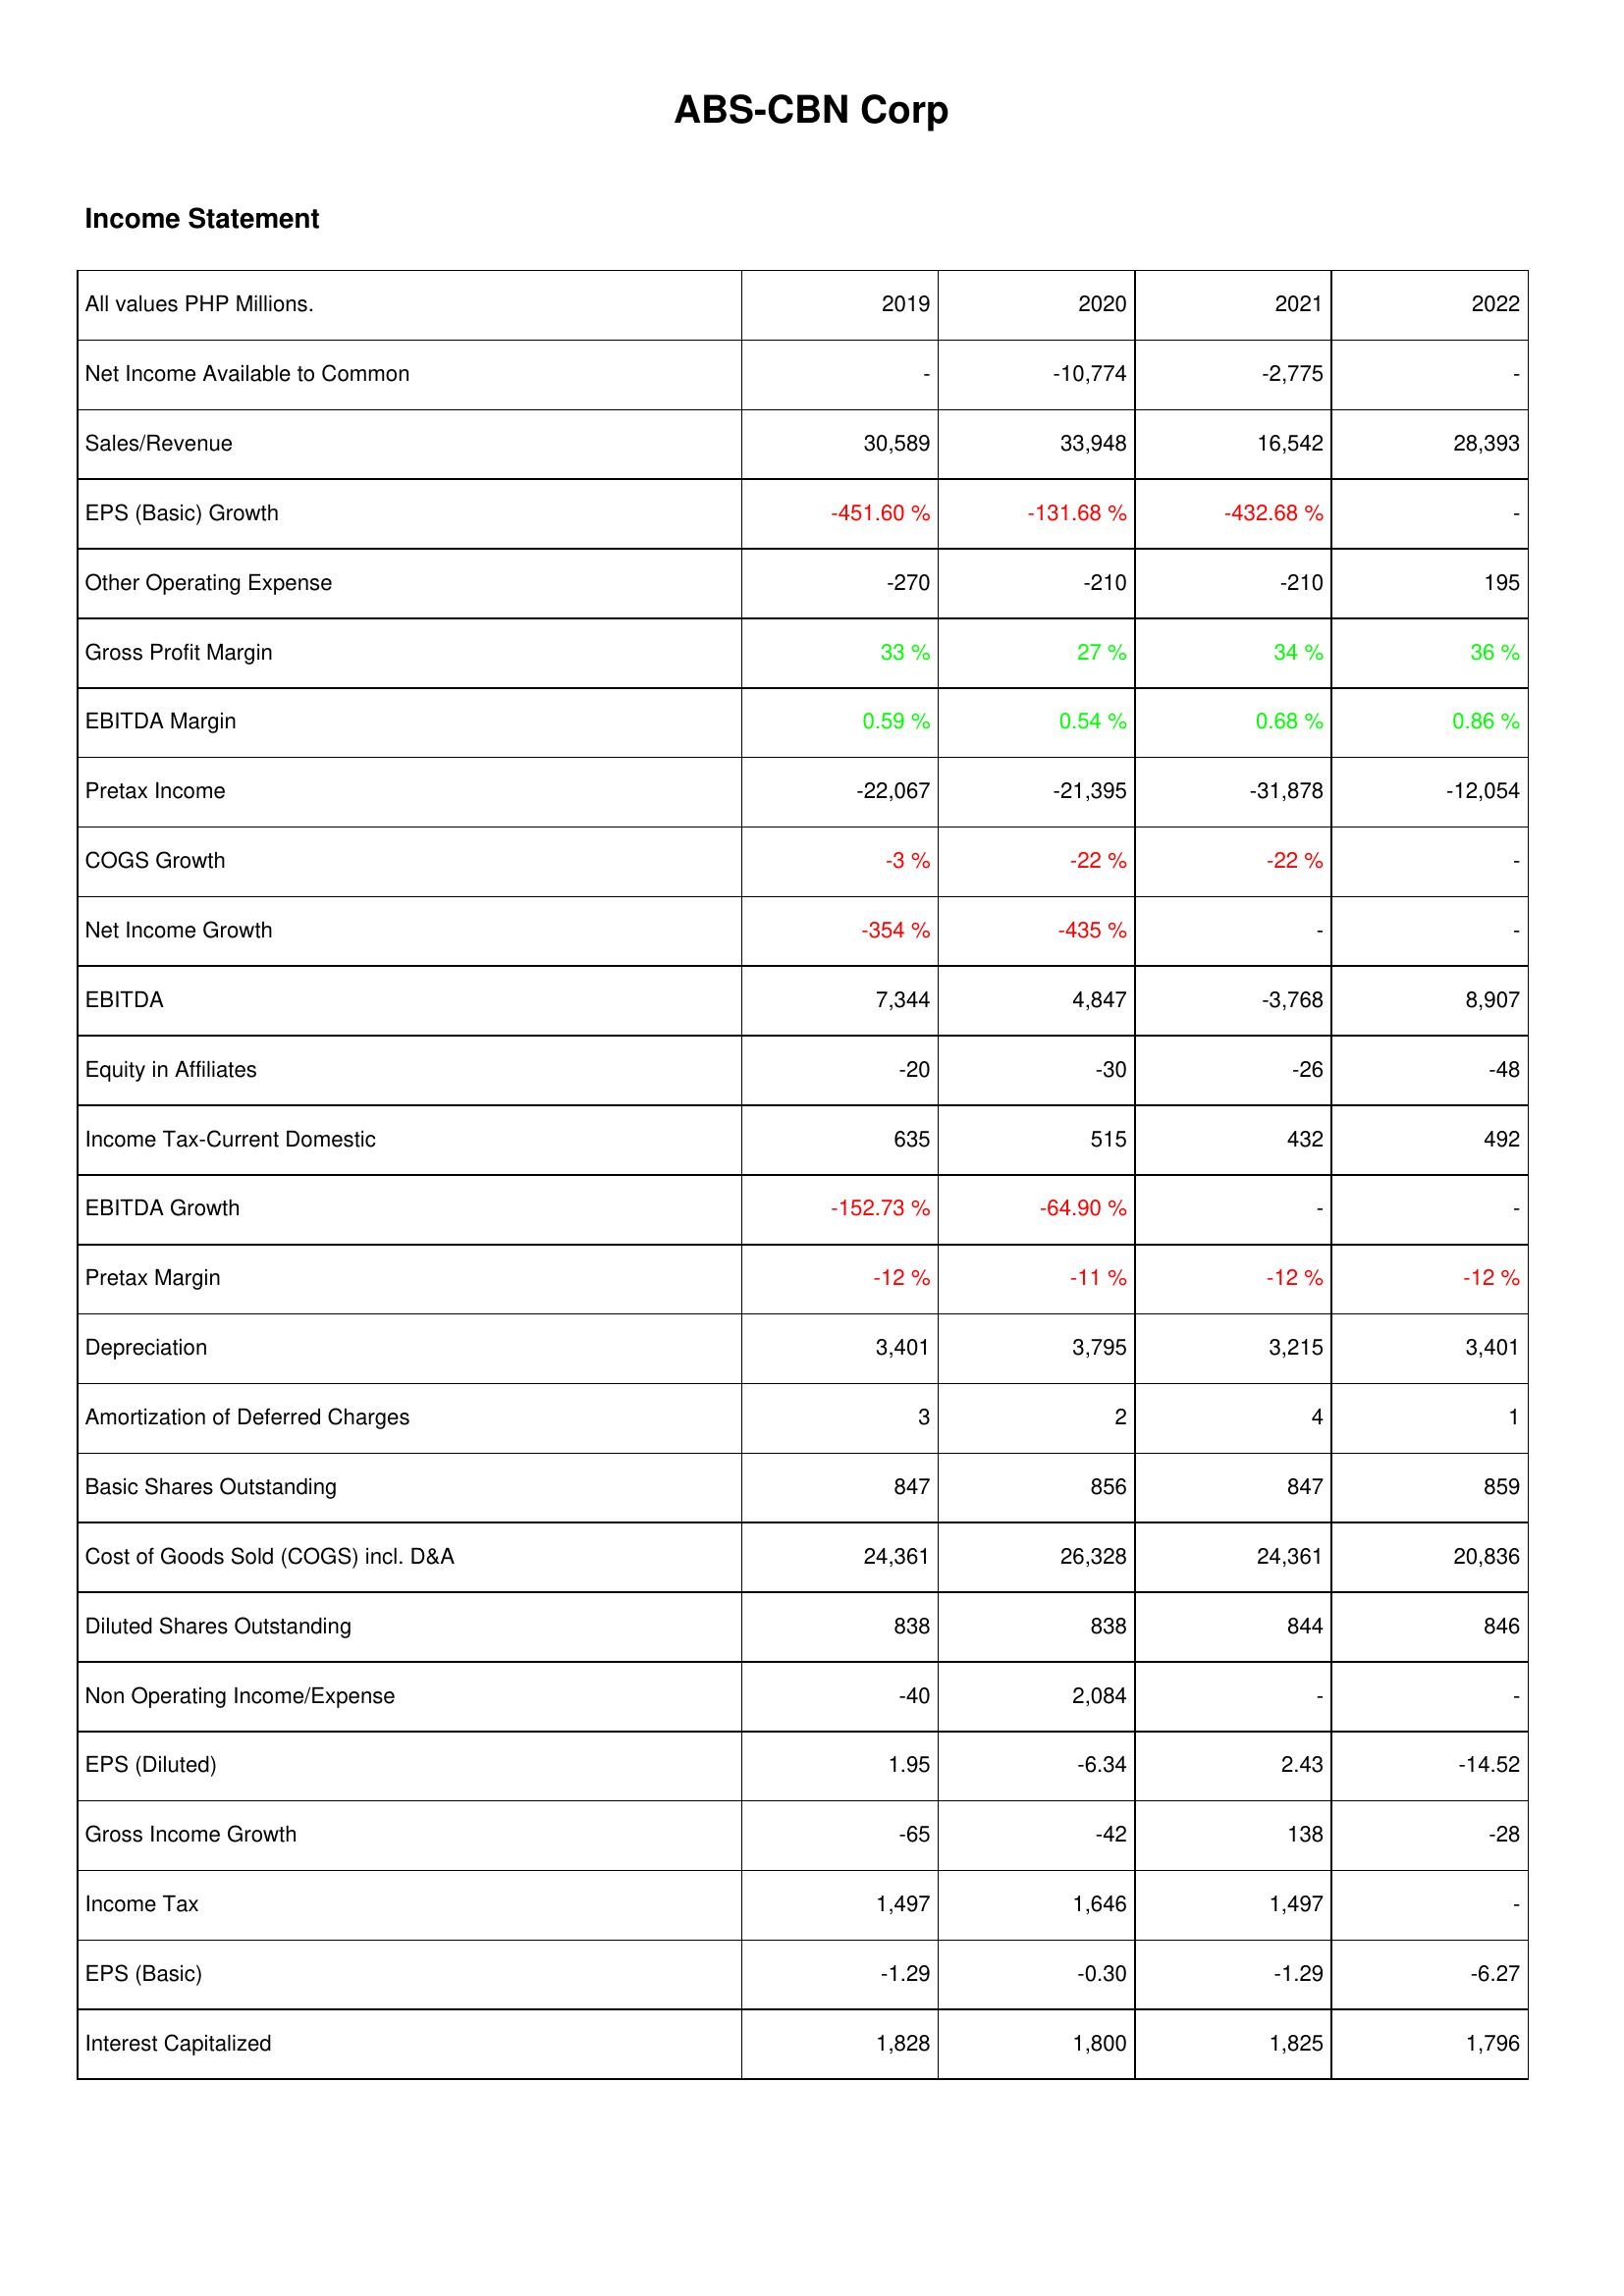
2019: Income Statement: Net Income Available to Common: -
Sales/Revenue: 30,589
EPS (Basic) Growth: -451.60 %
Other Operating Expense: -270
Gross Profit Margin: 33 %
EBITDA Margin: 0.59 %
Pretax Income: -22,067
COGS Growth: -3 %
Net Income Growth: -354 %
EBITDA: 7,344
Equity in Affiliates: -20
Income Tax-Current Domestic: 635
EBITDA Growth: -152.73 %
Pretax Margin: -12 %
Depreciation: 3,401
Amortization of Deferred Charges: 3
Basic Shares Outstanding: 847
Cost of Goods Sold (COGS) incl. D&A: 24,361
Diluted Shares Outstanding: 838
Non Operating Income/Expense: -40
EPS (Diluted): 1.95
Gross Income Growth: -65
Income Tax: 1,497
EPS (Basic): -1.29
Interest Capitalized: 1,828
2020: Income Statement: Net Income Available to Common: -10,774
Sales/Revenue: 33,948
EPS (Basic) Growth: -131.68 %
Other Operating Expense: -210
Gross Profit Margin: 27 %
EBITDA Margin: 0.54 %
Pretax Income: -21,395
COGS Growth: -22 %
Net Income Growth: -435 %
EBITDA: 4,847
Equity in Affiliates: -30
Income Tax-Current Domestic: 515
EBITDA Growth: -64.90 %
Pretax Margin: -11 %
Depreciation: 3,795
Amortization of Deferred Charges: 2
Basic Shares Outstanding: 856
Cost of Goods Sold (COGS) incl. D&A: 26,328
Diluted Shares Outstanding: 838
Non Operating Income/Expense: 2,084
EPS (Diluted): -6.34
Gross Income Growth: -42
Income Tax: 1,646
EPS (Basic): -0.30
Interest Capitalized: 1,800
2021: Income Statement: Net Income Available to Common: -2,775
Sales/Revenue: 16,542
EPS (Basic) Growth: -432.68 %
Other Operating Expense: -210
Gross Profit Margin: 34 %
EBITDA Margin: 0.68 %
Pretax Income: -31,878
COGS Growth: -22 %
Net Income Growth: -
EBITDA: -3,768
Equity in Affiliates: -26
Income Tax-Current Domestic: 432
EBITDA Growth: -
Pretax Margin: -12 %
Depreciation: 3,215
Amortization of Deferred Charges: 4
Basic Shares Outstanding: 847
Cost of Goods Sold (COGS) incl. D&A: 24,361
Diluted Shares Outstanding: 844
Non Operating Income/Expense: -
EPS (Diluted): 2.43
Gross Income Growth: 138
Income Tax: 1,497
EPS (Basic): -1.29
Interest Capitalized: 1,825
2022: Income Statement: Net Income Available to Common: -
Sales/Revenue: 28,393
EPS (Basic) Growth: -
Other Operating Expense: 195
Gross Profit Margin: 36 %
EBITDA Margin: 0.86 %
Pretax Income: -12,054
COGS Growth: -
Net Income Growth: -
EBITDA: 8,907
Equity in Affiliates: -48
Income Tax-Current Domestic: 492
EBITDA Growth: -
Pretax Margin: -12 %
Depreciation: 3,401
Amortization of Deferred Charges: 1
Basic Shares Outstanding: 859
Cost of Goods Sold (COGS) incl. D&A: 20,836
Diluted Shares Outstanding: 846
Non Operating Income/Expense: -
EPS (Diluted): -14.52
Gross Income Growth: -28
Income Tax: -
EPS (Basic): -6.27
Interest Capitalized: 1,796